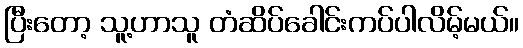
ပြီးတော့ သူ့ဟာသူ တံဆိပ်ခေါင်းကပ်ပါလိမ့်မယ်။